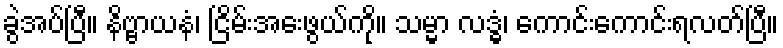
ခွဲအပ်ပြီ။ နိဗ္ဗာယနံ၊ ငြိမ်းအေးဖွယ်ကို။ သမ္မာ လဒ္ဓံ၊ ကောင်းကောင်းရလတ်ပြီ။